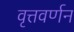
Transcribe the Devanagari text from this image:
वृत्तवर्णन